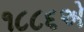
૧૮૮૬એ